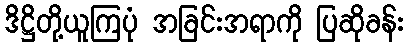
ဒိဋ္ဌိတို့ယူကြပုံ အခြင်းအရာကို ပြဆိုခန်း